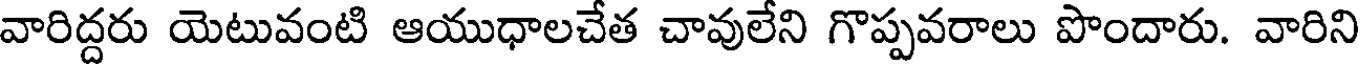
వారిద్దరు యెటువంటి ఆయుధాలచేత చావులేని గొప్పవరాలు పొందారు. వారిని